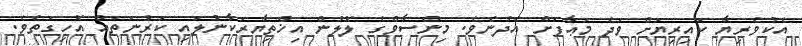
އެކުވެރިޔާ ކައިރިޔަށް ވަދެ މަޢާފަށް އެދުނެވެ. މިންސާވްގެ ލޮލުން އިޚްތިޔާރަކާނުލައި ކަރުނަތައް އޮހިގަތެވެ.